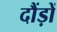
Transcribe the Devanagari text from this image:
दौंड़ों